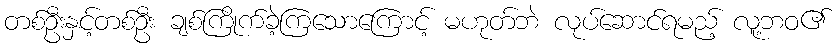
တစ်ဦးနှင့်တစ်ဦး ချစ်ကြိုက်ခဲ့ကြသောကြောင့် မဟုတ်ဘဲ လုပ်ဆောင်ရမည့် လူ့ဘဝ၏